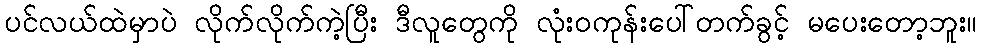
ပင်လယ်ထဲမှာပဲ လိုက်လိုက်ကဲ့ပြီး ဒီလူတွေကို လုံးဝကုန်းပေါ်တက်ခွင့် မပေးတော့ဘူး။